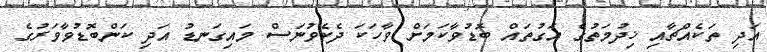
އަދި ތަކެއްޗާއި ޚިދުމަތުގެ އަގުތައް ބޮޑުވާކަމަށް ވާހަކަ ދެކެވުނަސް މައިގަނޑު އަދި ކަންބޮޑުވާވަރުގެ